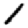
Digit: 1